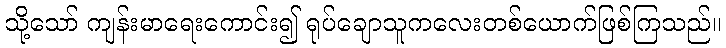
သို့သော် ကျန်းမာရေးကောင်း၍ ရုပ်ချောသူကလေးတစ်ယောက်ဖြစ်ကြသည်။